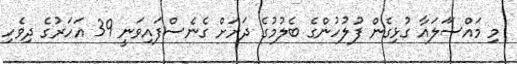
މި މައްސަަލައާ ގުޅިގެން ފުލުހުންގެ ބެލުމުގެ ދަށަށް ގެނެސްފައިވަނީ 39 އަހަރުގެ ދިވެހި